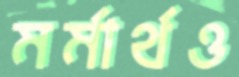
মর্মার্থও